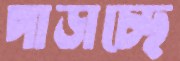
পাড়াচ্ছে